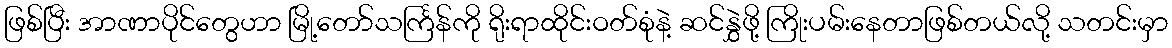
ဖြစ်ပြီး အာဏာပိုင်တွေဟာ မြို့တော်သင်္ကြန်ကို ရိုးရာထိုင်းဝတ်စုံနဲ့ ဆင်နွှဲဖို့ ကြိုးပမ်းနေတာဖြစ်တယ်လို့ သတင်းမှာ